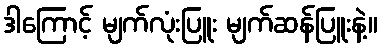
ဒါကြောင့် မျက်လုံးပြူး မျက်ဆန်ပြူးနဲ့။